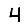
Digit: 4